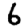
Digit: 6